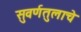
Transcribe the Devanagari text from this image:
सुवर्णतुलाचे